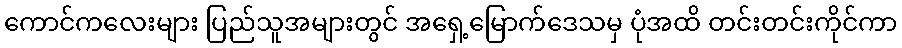
ကောင်ကလေးများ ပြည်သူအများတွင် အရှေ့မြောက်ဒေသမှ ပုံအထိ တင်းတင်းကိုင်ကာ